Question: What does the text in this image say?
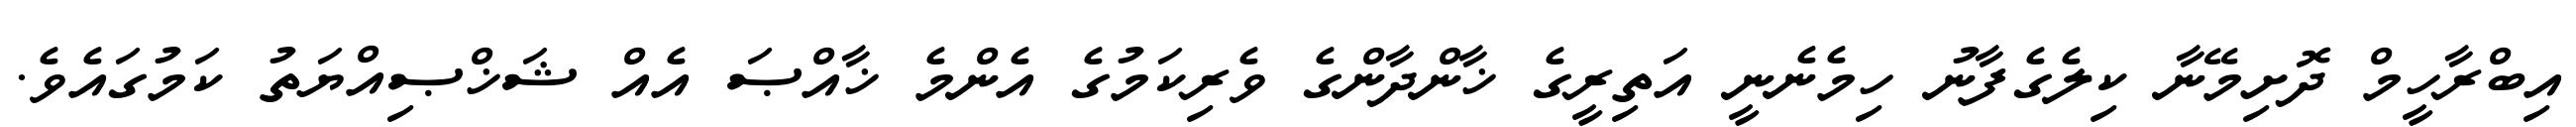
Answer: އިބްރާހީމް ދޮށިމޭނާ ކިލެގެފާނު ހިމެނެނީ އަތިރީގެ ޚާންދާންގެ ވެރިކަމުގެ އެންމެ ޚާއްޞަ އެއް ޝަޚްޞިއްޔަތު ކަމުގައެވެ.